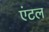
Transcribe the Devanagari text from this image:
एंटल